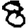
Digit: 8